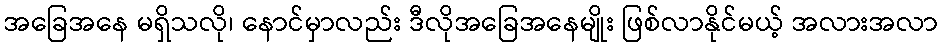
အခြေအနေ မရှိသလို၊ နောင်မှာလည်း ဒီလိုအခြေအနေမျိုး ဖြစ်လာနိုင်မယ့် အလားအလာ